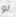
لو